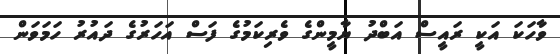
ވާހަކަ އަކީ ރައީސް އަބްދު ޔާމީންގެ ވެރިކަމުގެ ފަސް އަހަރުގެ ދައުރު ހަމަވަން